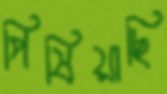
পিষিয়াছি